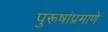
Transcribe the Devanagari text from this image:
पुरूषांप्रमाणे